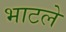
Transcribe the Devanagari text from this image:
भाटले